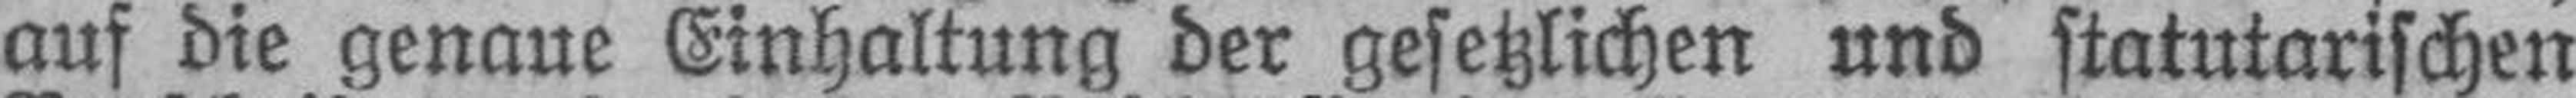
auf die genaue Einhaltung der gesetzlichen und statutarischen